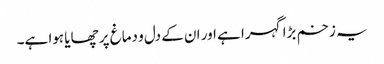
یہ زخم بڑا گہرا ہے اور ان کے دل و دماغ پر چھایا ہوا ہے۔